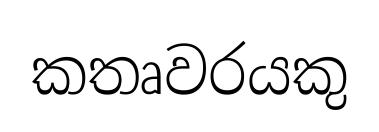
කතෘවරයකු